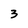
Character: 3